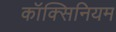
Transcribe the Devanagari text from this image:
कॉक्सिनियम